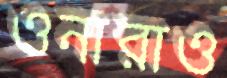
ওনারাও